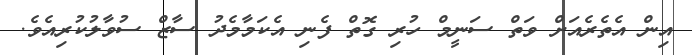
އިން އެތެރެއަށް ވަތް ސަނީމް ހުރި ގޮތް ފެނި އެކަމާމެދު ސާޒް ސުވާލުކުރިއެވެ.